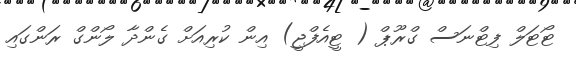
ޓޯޓަލް ފިޓްނަސް ގްރޫޕް ( ޓީއެފްޖީ) އިން ކުރިއަށް ގެންދާ ލޯންގް ރަންގައި